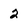
Character: 2